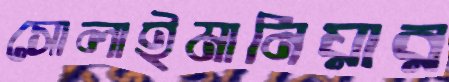
সোলাইমানিয়ার